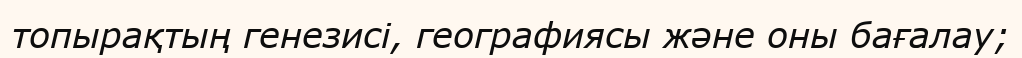
топырақтың генезисі, географиясы және оны бағалау;